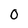
Character: 0